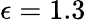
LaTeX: \epsilon=1.3